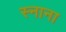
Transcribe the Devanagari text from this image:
स्नाना